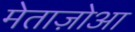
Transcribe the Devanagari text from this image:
मेताज़ोआ